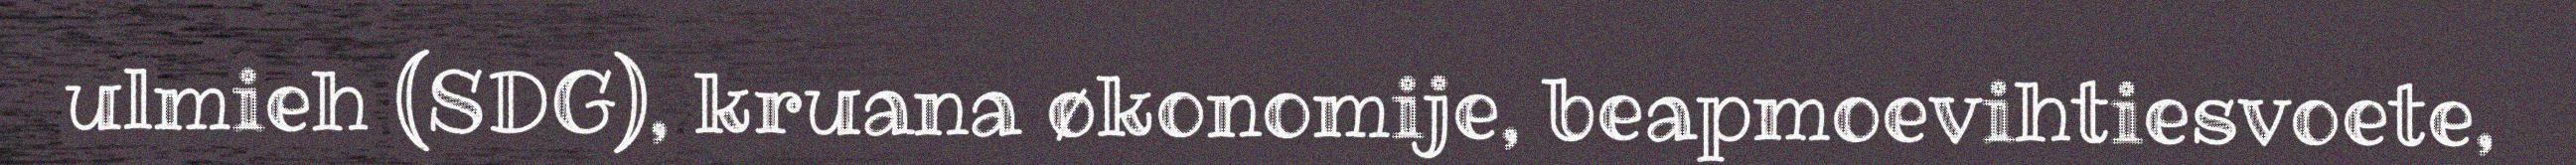
ulmieh (SDG), kruana økonomije, beapmoevihtiesvoete,